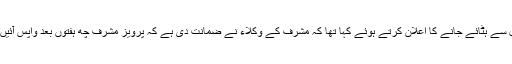
پاکستان کے وزیر داخلہ چوہدری نثار نے گزشتہ شام مشرف کا نام ای سی ایل سے ہٹائے جانے کا اعلان کرتے ہوئے کہا تھا کہ مشرف کے وکلاء نے ضمانت دی ہے کہ پرویز مشرف چھ ہفتوں بعد واپس آئیں گے اور اپنے خلاف جاری مقدموں میں عدالتی کارروائی کا سامنا کریں گے۔